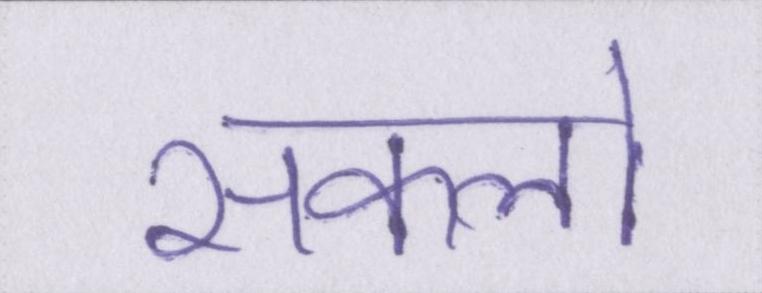
सकलो